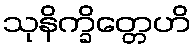
သုနိက္ခိတ္တေဟိ